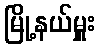
မြို့နယ်မှူး